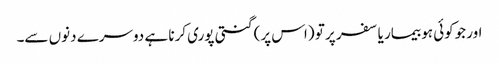
اور جوکوئی ہو بیمار یا سفر پر تو (اس پر) گنتی پوری کرنا ہے دوسرے دنوں سے۔